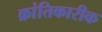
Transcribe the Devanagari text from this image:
क्रांतिकारीक